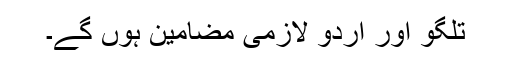
تلگو اور اردو لازمی مضامین ہوں گے۔